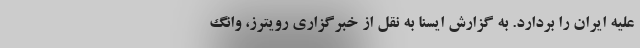
علیه ایران را بردارد. به گزارش ایسنا به نقل از خبرگزاری رویترز، وانگ